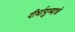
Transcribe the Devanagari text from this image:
दीर्घायुष्याचे